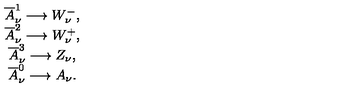
\begin{array} { c } { \overline { { A } } _ { \nu } ^ { 1 } \longrightarrow W _ { \nu } ^ { - } , } \\ { \overline { { A } } _ { \nu } ^ { 2 } \longrightarrow W _ { \nu } ^ { + } , } \\ { \overline { { A } } _ { \nu } ^ { 3 } \longrightarrow Z _ { \nu } , } \\ { \overline { { A } } _ { \nu } ^ { 0 } \longrightarrow A _ { \nu } . } \\ \end{array}